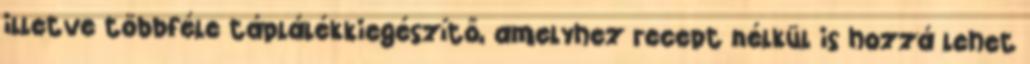
illetve többféle táplálékkiegészítő, amelyhez recept nélkül is hozzá lehet